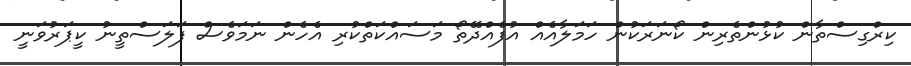
ކިރްގިސްތާން ކުޅުންތެރިން ކޯނަރަކުން ހަމަލާއެއް އުފެއްދޭތޯ މަސައްކަތްކުރި އެހެން ނަމަވެސް ފަލަސްތީނު ކީޕަރުވަނީ